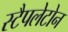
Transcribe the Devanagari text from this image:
स्टैपलेटोन